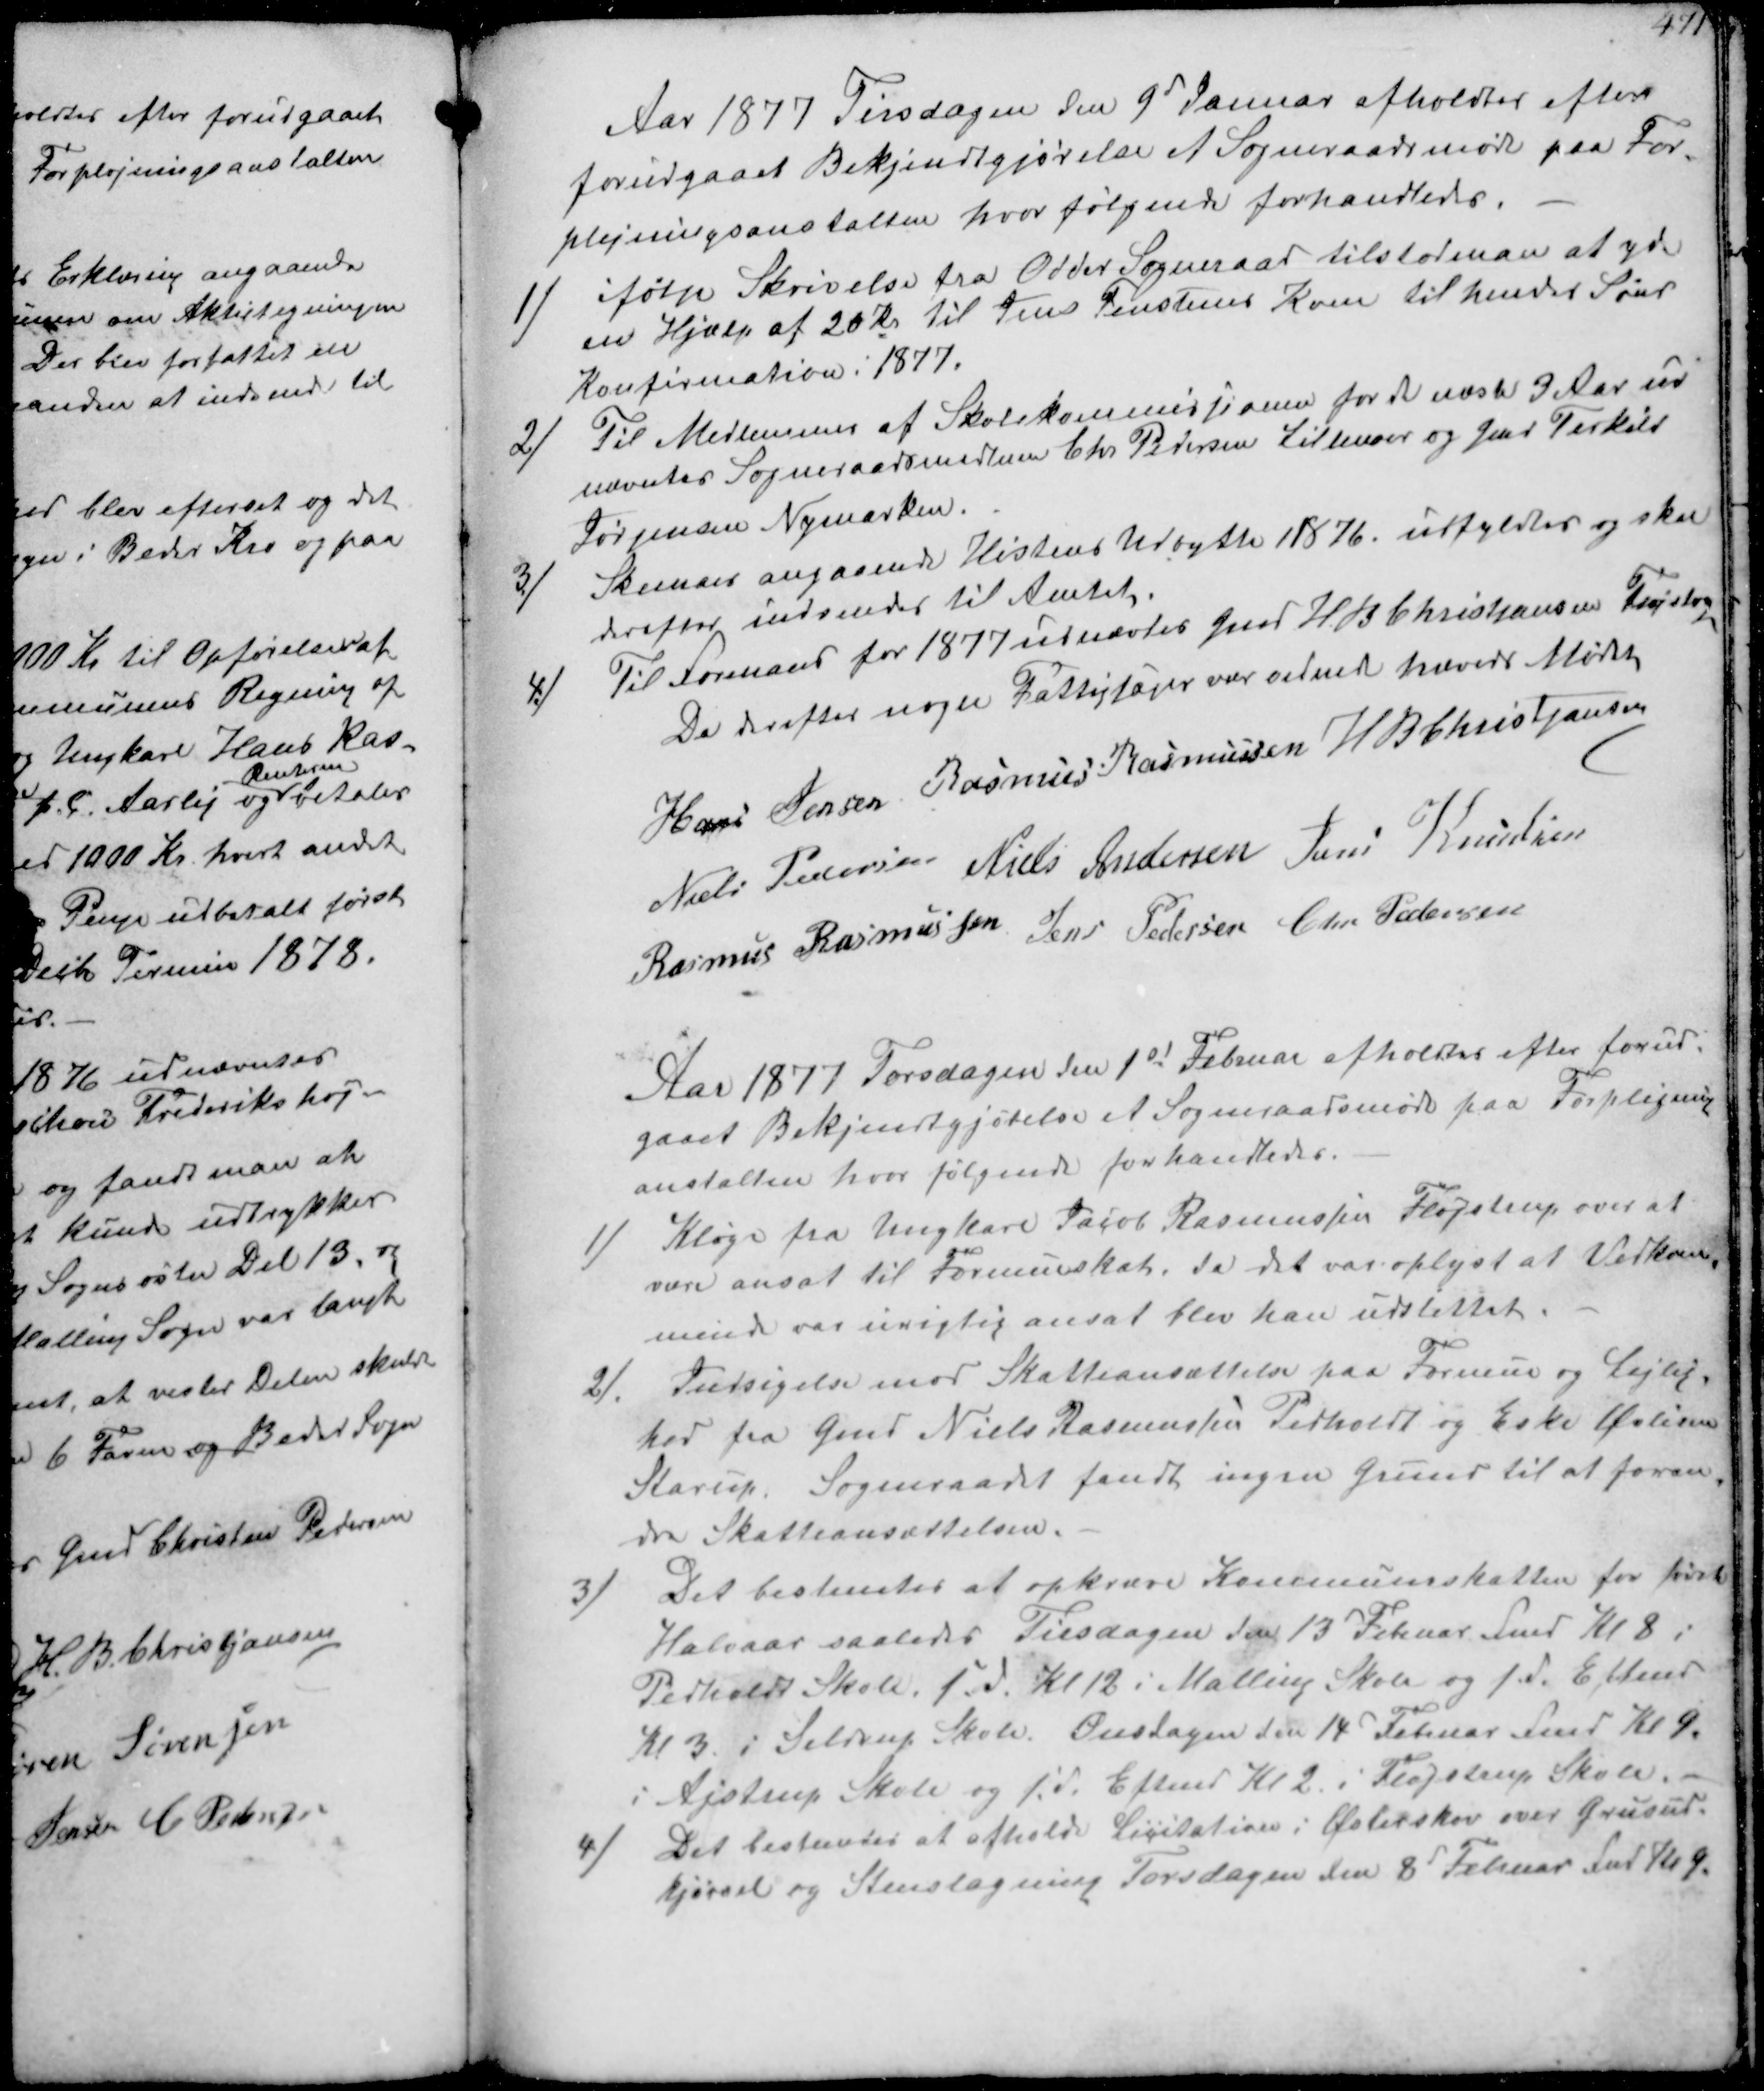
Transskription:
Aar 1877 Tirsdagen den 9 Januar afholdtes efter
forudgaaet Bekjendtgjørelse et Sogneraadsmøde paa For-
plejningsanstalten hvor følgende forhandledes.
1/
ifølge Skrivelse fra Odder Sogneraad tilstod man at yde
en Hjælp af 20 Kr til Jens Fenstenes Kone til hendes Søns
Konfirmation i 1877.
2/
Til Medlemmer af Skolekommissionen for de næste 3 Aar ud-
nævntes Sogneraadsmedlem Chr Pedersen Lillenoer og Gmd Terkild
Jørgensen Nymarken
3/
Skemaer angaaende Høstens Udbytte i 1876 udfyldtes og skal
derefter indsendes til Amtet
4/
Til Formand for 1877 udnævtes Gmd H B Christjansen Fløjstrup
Da derefter nogen Fattigsager var ordnet hævedes Mødet
Hans Jensen Rasmus Rasmussen H B Christjansen
Niels Pedersen Niels Andersen Jens Knudsen
Rasmus Rasmussen Jens Pedersen Chr. Pedersen

Aar 1877 Torsdagen den 1st Februar afholdtes efter forud-
gaaet Bekjendtgjørelse et Sogneraadsmøde paa Forplejnings-
anstalten hvor følgende forhandledes.
1/
Klage fra Ungkarl Jacob Rasmussen Fløjstrup over at
være ansat til Formueskat. da det var oplyst af Vedkom-
minde var urigtig ansat blev han udstettet.
2/
Indsigelse mod Skatteansættelse paa Formue og Lejlig-
hed fra Gmd Niels Rasmussen Pedholdt og Eske Øvlisen
Starup. Sogneraadet fandt ingen Grund til at foran-
dre Skatteansættelsen.
3/
Det bestemtes at opkræve Kommuneskatten for første
Halvaar saaledes Tirsdagen den 13d Februar med Kl 8 i
Pedholdt Skole s D. Kl 12 i Malling Skole og s D. Eftemd
Kl 3 i Seldrup Skole. Onsdagen den 14d Februar Fmd Kl 9.
i Ajstrup Skole og s D. Eftem Kl 2 i Fløjstrup Skole.
4/
Det bestemtes at afholde Licitation i Østerskov over Grusud-
kjørsel og Stenslagning Torsdagen den 8d Februar for Kl 9.